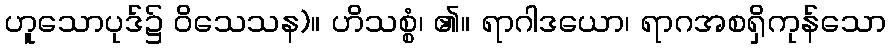
ဟူသောပုဒ်၌ ဝိသေသန)။ ဟိသစ္စံ၊ ၏။ ရာဂါဒယော၊ ရာဂအစရှိကုန်သော